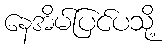
နေအိမ်ပြင်ပသို့